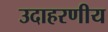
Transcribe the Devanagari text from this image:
उदाहरणीय